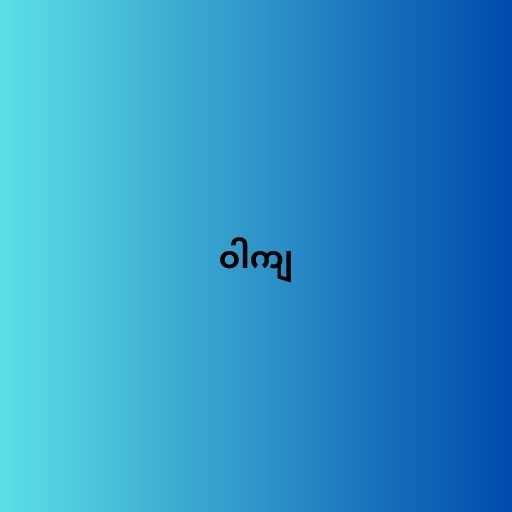
ဝါကျ